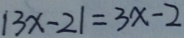
\vert 3 x - 2 \vert = 3 x - 2